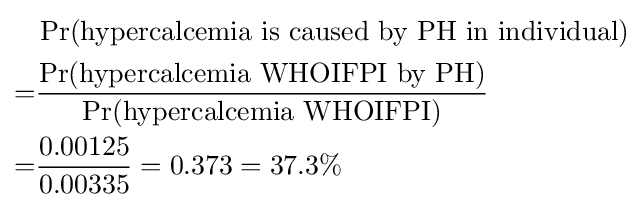
{\begin{aligned}&\Pr({\text{hypercalcemia is caused by PH in individual}})\\=&{\frac {\Pr({\text{hypercalcemia WHOIFPI by PH}})}{\Pr({\text{hypercalcemia WHOIFPI}})}}\\=&{\frac {0.00125}{0.00335}}=0.373=37.3\%\end{aligned}}